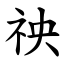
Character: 䄃